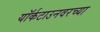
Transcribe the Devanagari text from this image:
यॉर्कटाउनवरच्या